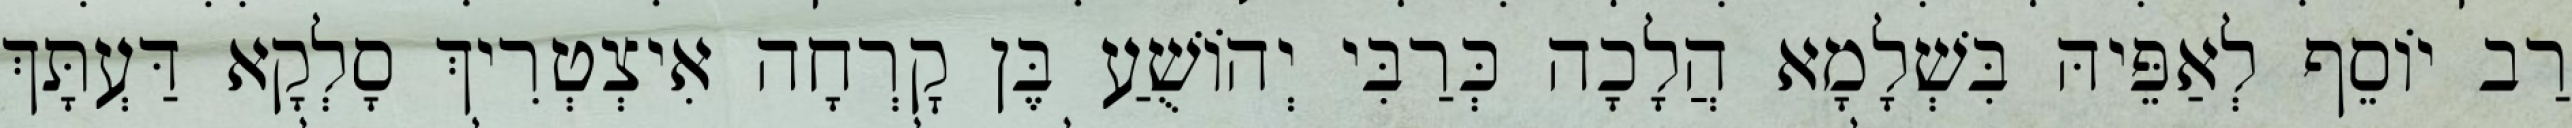
רַב יוֹסֵף לְאַפֵּיהּ בִּשְׁלָמָא הֲלָכָה כְּרַבִּי יְהוֹשֻׁעַ בֶּן קׇרְחָה אִיצְטְרִיךְ סָלְקָא דַּעְתָּךְ